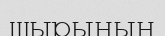
шырынын